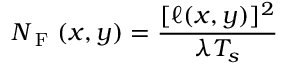
N _ { \textrm { F } } ( x , y ) = \frac { [ \ell ( x , y ) ] ^ { 2 } } { \lambda T _ { s } }